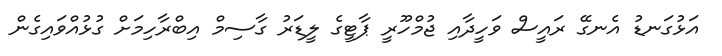
އަޅުގަނޑު އެނގޭ ރައީސް ވަހީދާއި ޖުމްހޫރީ ޕާޓީގެ ލީޑަރު ގާސިމް އިބްރާހިމަށް ގުޅުއްވައިގެން